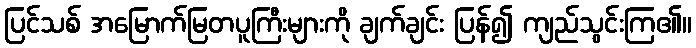
ပြင်သစ် အမြောက်မြတပူကြီးများကို ချက်ချင်း ပြန်၍ ကျည်သွင်းကြ၏။